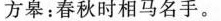
方皋：春秋时相马名手。